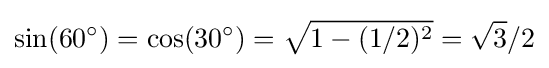
\sin(60^{\circ })=\cos(30^{\circ })={\sqrt {1-(1/2)^{2}}}={\sqrt {3}}/2